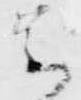
云